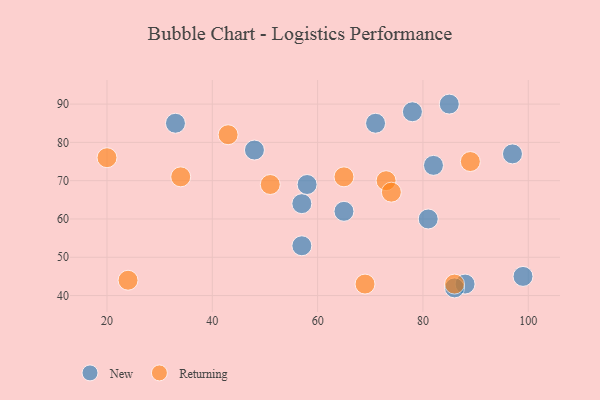
{"axis": {"x": "GDP", "y": "Life Expectancy"}, "legend": ["New", "Returning"], "data": [{"x": "82", "y": 74, "type": "New"}, {"x": "97", "y": 77, "type": "New"}, {"x": "85", "y": 90, "type": "New"}, {"x": "88", "y": 43, "type": "New"}, {"x": "71", "y": 85, "type": "New"}, {"x": "57", "y": 53, "type": "New"}, {"x": "65", "y": 62, "type": "New"}, {"x": "78", "y": 88, "type": "New"}, {"x": "48", "y": 78, "type": "New"}, {"x": "99", "y": 45, "type": "New"}, {"x": "86", "y": 42, "type": "New"}, {"x": "81", "y": 60, "type": "New"}, {"x": "33", "y": 85, "type": "New"}, {"x": "57", "y": 64, "type": "New"}, {"x": "58", "y": 69, "type": "New"}, {"x": "51", "y": 69, "type": "Returning"}, {"x": "86", "y": 43, "type": "Returning"}, {"x": "34", "y": 71, "type": "Returning"}, {"x": "69", "y": 43, "type": "Returning"}, {"x": "73", "y": 70, "type": "Returning"}, {"x": "65", "y": 71, "type": "Returning"}, {"x": "89", "y": 75, "type": "Returning"}, {"x": "43", "y": 82, "type": "Returning"}, {"x": "24", "y": 44, "type": "Returning"}, {"x": "74", "y": 67, "type": "Returning"}, {"x": "20", "y": 76, "type": "Returning"}]}